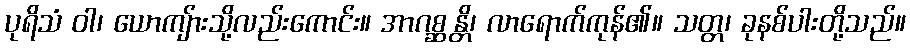
ပုရိသံ ဝါ၊ ယောကျ်ားသို့လည်းကောင်း။ အာဂစ္ဆန္တိ၊ လာရောက်ကုန်၏။ သတ္တ၊ ခုနစ်ပါးတို့သည်။